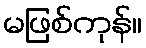
မဖြစ်ကုန်။